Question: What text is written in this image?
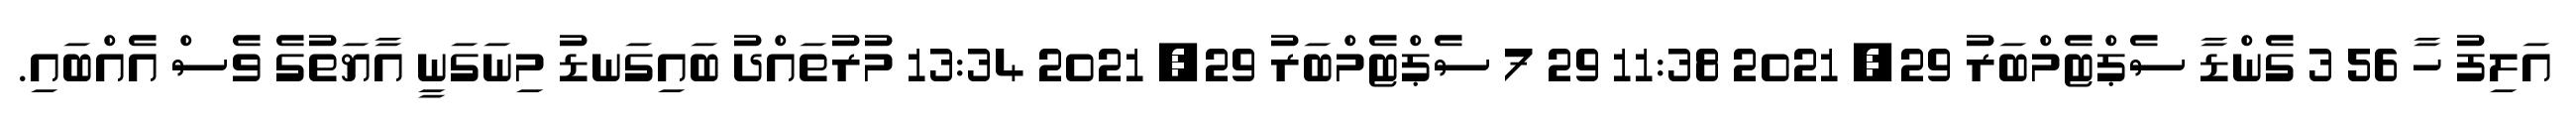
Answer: އަލިފު ހާ 56 3 ގެންޑާ ސެޕްޓެމްބަރު 29, 2021 11:38 29 7 ސެޕްޓެމްބަރު 29, 2021 13:34 މުރުތައްދު ބައިގަނޑު މިނަގަނީ އާޔަތުގެ ވެސް އެއްބައި.